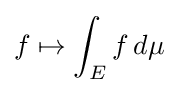
f\mapsto \int _{E}f\,d\mu